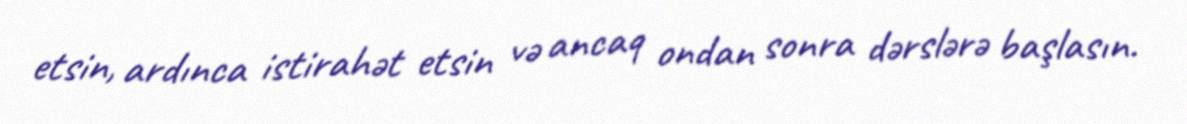
etsin, ardınca istirahət etsin və ancaq ondan sonra dərslərə başlasın.